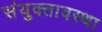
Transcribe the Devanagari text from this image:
संयुक्तावस्था